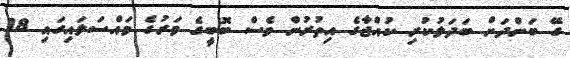
ގޭ ބަންދަށް ބަދަލުކުރި ކުއްޖާގެ އިތުރުން ވެސް ބޮބީގެ މަރުގެ މައްސަލައިގައި 18